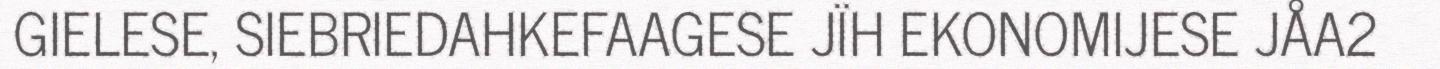
GIELESE, SIEBRIEDAHKEFAAGESE JÏH EKONOMIJESE JÅA2